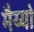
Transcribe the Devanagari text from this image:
मैय्यो